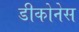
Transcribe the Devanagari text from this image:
डीकोनेस